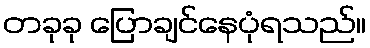
တခုခု ပြောချင်နေပုံရသည်။